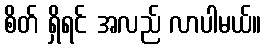
စိတ် ရှိရင် အလည် လာပါမယ်။